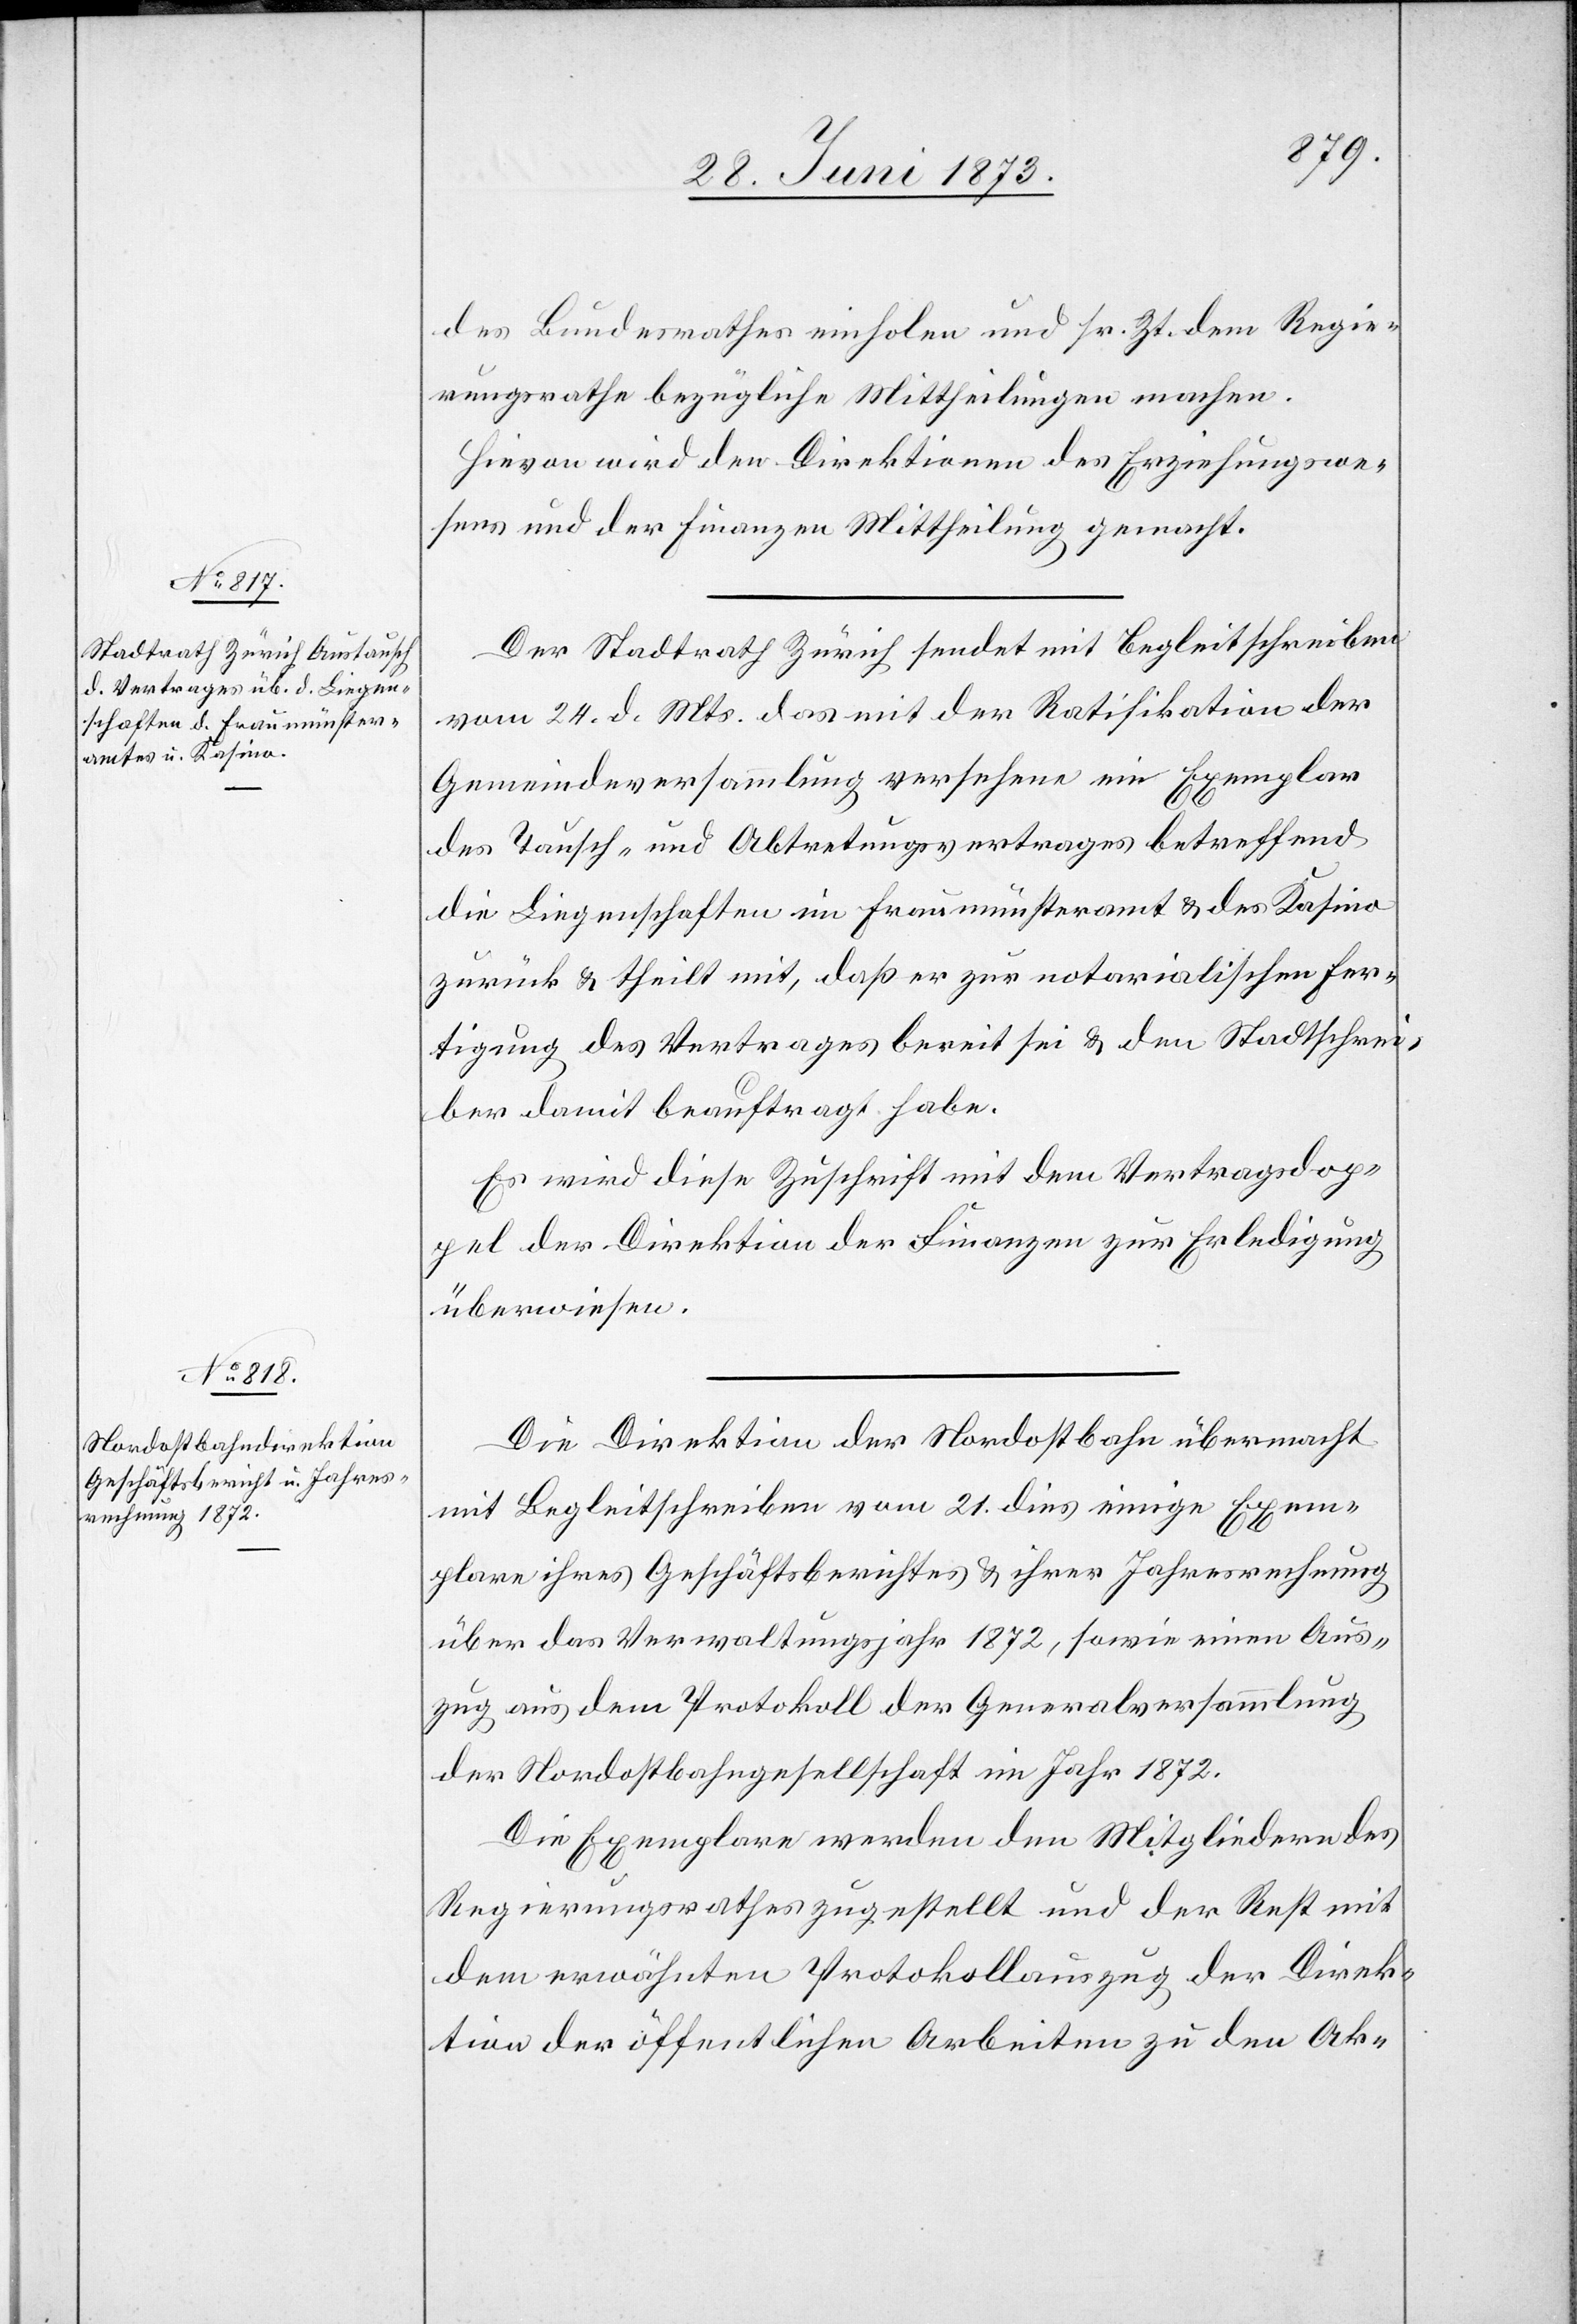
des Bundesrathes einholen und sr. Zt. dem Regie¬
rungsrathe bezügliche Mittheilungen machen.
Hievon wird den Direktionen des Erziehungswe¬
sens und der Finanzen Mittheilung gemacht.
Der Stadtrath Zürich sendet mit Begleitschreiben
vom 24. d. Mts. das mit der Ratifikation der
Gemeindeversammlung versehene ein[e] Exemplar
des Tausch- und Abtretungsvertrages betreffend
die Liegenschaften im Fraumünsteramt & des Kasino
zurück & theilt mit, daß er zur notarialischen Fer¬
tigung des Vertrages bereit sei & den Stadtschrei¬
ber damit beauftragt habe.
Es wird diese Zuschrift mit dem Vertragsdop¬
pel der Direktion der Finanzen zur Erledigung
überwiesen.
Die Direktion der Nordostbahn übermacht
mit Begleitschreiben vom 21. dies einige Exem¬
plare ihres Geschäftsberichtes & ihrer Jahresrechnung
über das Verwaltungsjahr 1872, sowie einen Aus¬
zug aus dem Protokoll der Generalversammlung
der Nordostbahngesellschaft im Jahr 1872.
Die Exemplare werden den Mitgliedern des
Regierungsrathes zugestellt und der Rest mit
dem erwähnten Protokollauszug der Direk¬
tion der öffentlichen Arbeiten zu den Ak-